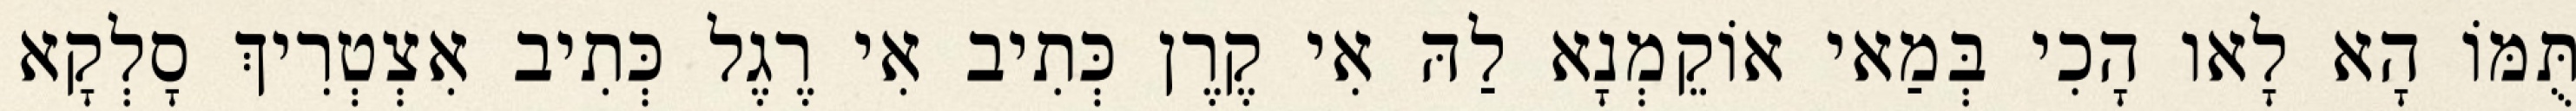
תֻּמּוֹ הָא לָאו הָכִי בְּמַאי אוֹקֵמְנָא לַהּ אִי קֶרֶן כְּתִיב אִי רֶגֶל כְּתִיב אִצְטְרִיךְ סָלְקָא